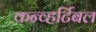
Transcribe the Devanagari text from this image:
कन्व्हर्टिबल